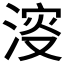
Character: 𣸈